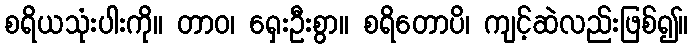
စရိယသုံးပါးကို။ တာဝ၊ ရှေးဦးစွာ။ စရိတောပိ၊ ကျင့်ဆဲလည်းဖြစ်၍။